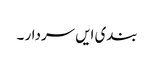
بندی ایں سردار ۔